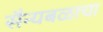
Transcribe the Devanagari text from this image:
सैन्यबळाचा